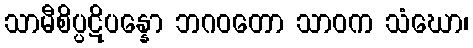
သာမီစိပ္ပဋိပန္နော ဘဂဝတော သာဝက သံဃော၊